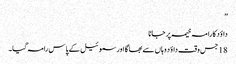
”
داؤد کا را مہ خیمہ پر جانا
18 جس وقت داؤد وہاں سے بھا گا اور سموئیل کے پاس رامہ گیا۔